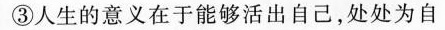
③人生的意义在于能够活出自己，处处为自